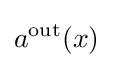
a^{\text{out}}(x)